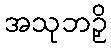
အသုဘဉှိ